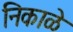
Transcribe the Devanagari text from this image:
निकाळे